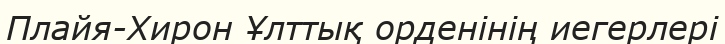
Плайя-Хирон Ұлттық орденінің иегерлері